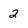
Character: 2